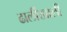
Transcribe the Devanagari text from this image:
ढालींखाली